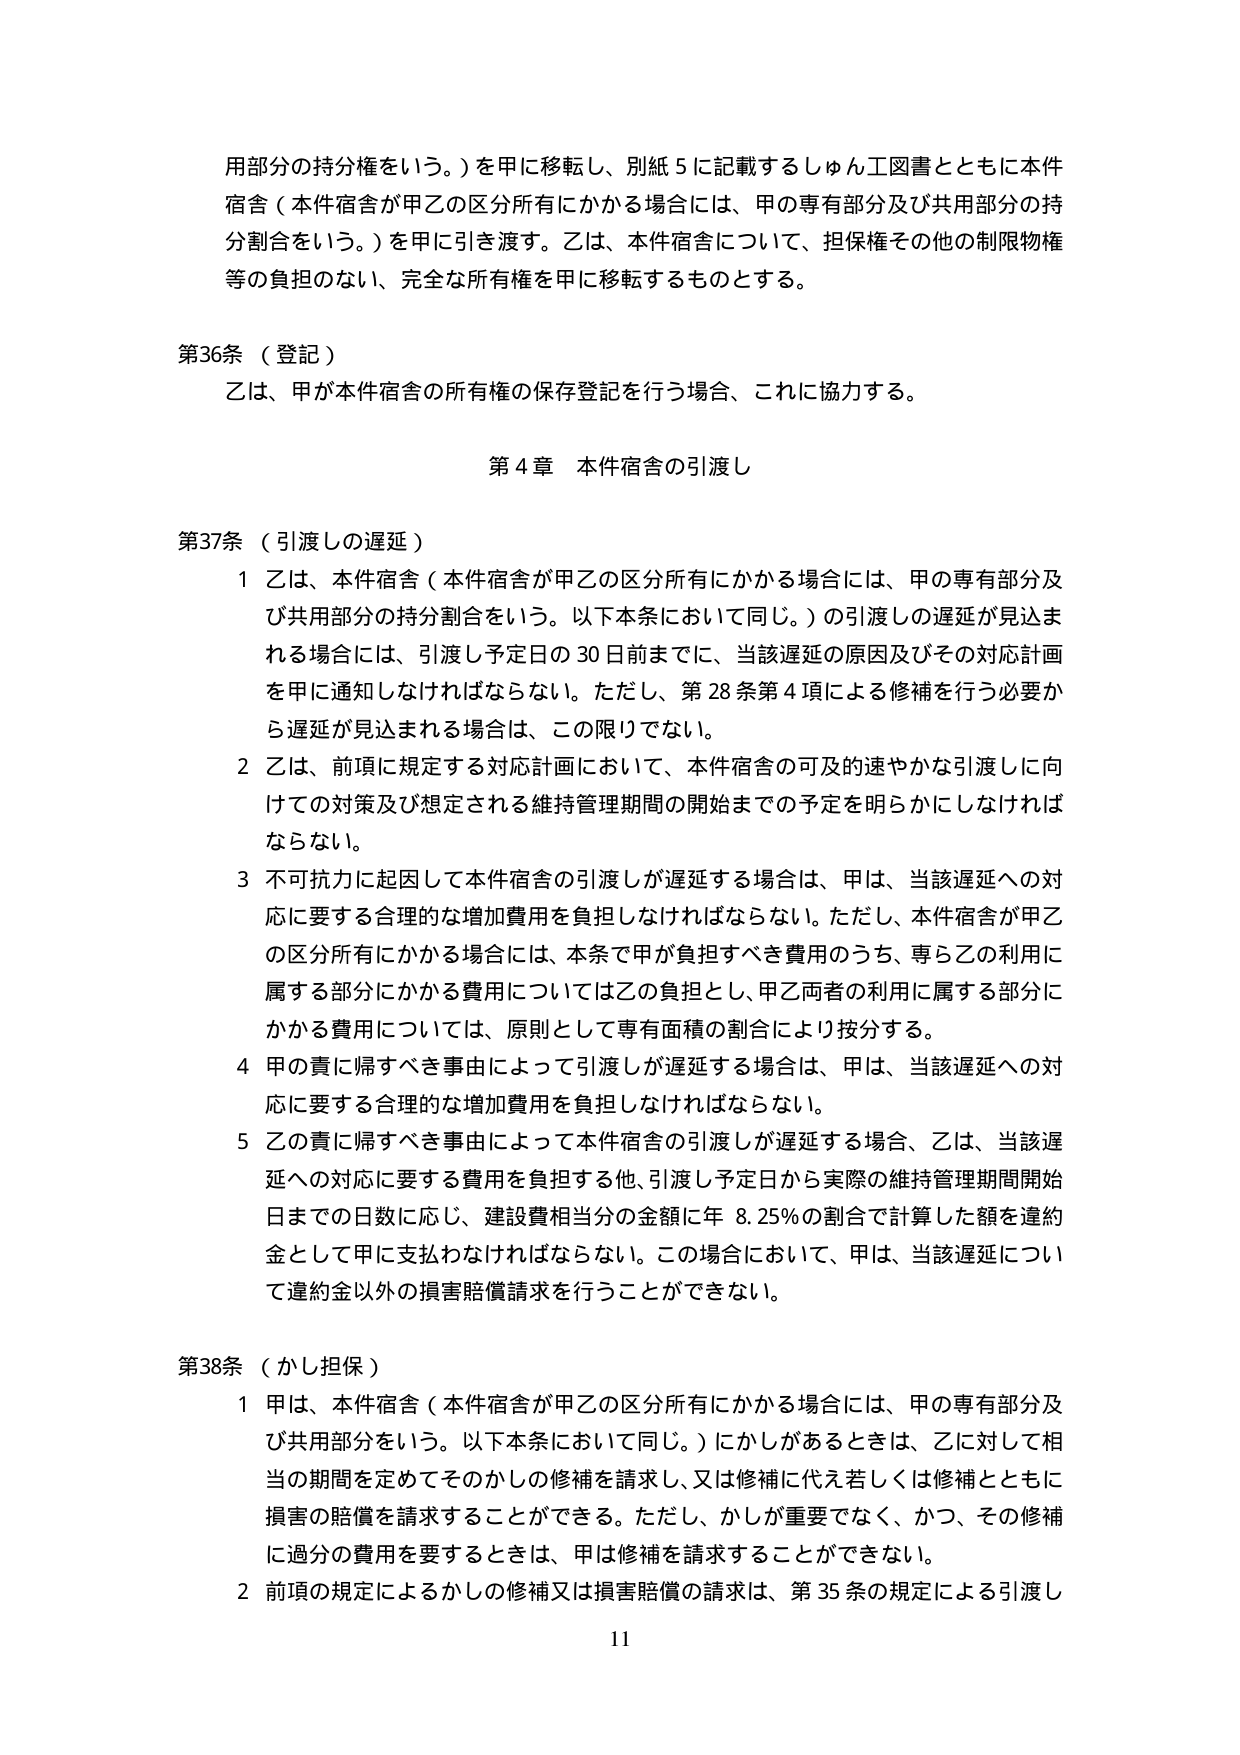
用部分の持分権をいう。）を甲に移転し、別紙５に記載するしゅん工図書とともに本件宿舎（本件宿舎が甲乙の区分所有にかかる場合には、甲の専有部分及び共用部分の持分割合をいう。）を甲に引き渡す。乙は、本件宿舎について、担保権その他の制限物権等の負担のない、完全な所有権を甲に移転するものとする。

第36条（登記）
乙は、甲が本件宿舎の所有権の保存登記を行う場合、これに協力する。

第4章 本件宿舎の引渡し

第37条（引渡しの遅延）
1 乙は、本件宿舎（本件宿舎が甲乙の区分所有にかかる場合には、甲の専有部分及び共用部分の持分割合をいう。以下本条において同じ。）の引渡しの遅延が見込まれる場合には、引渡し予定日の30日前までに、当該遅延の原因及びその対応計画を甲に通知しなければならない。ただし、第28条第4項による修補を行う必要から遅延が見込まれる場合は、この限りでない。
2 乙は、前項に規定する対応計画において、本件宿舎の可及的速やかな引渡しに向けての対策及び想定される維持管理期間の開始までの予定を明らかにしなければならない。
3 不可抗力に起因して本件宿舎の引渡しが遅延する場合は、甲は、当該遅延への対応に要する合理的な増加費用を負担しなければならない。ただし、本件宿舎が甲乙の区分所有にかかる場合には、本条で甲が負担すべき費用のうち、専ら乙の利用に属する部分にかかる費用については乙の負担とし、甲乙両者の利用に属する部分にかかる費用については、原則として専有面積の割合により按分する。
4 甲の責に帰すべき事由によって引渡しが遅延する場合は、甲は、当該遅延への対応に要する合理的な増加費用を負担しなければならない。
5 乙の責に帰すべき事由によって本件宿舎の引渡しが遅延する場合、乙は、当該遅延への対応に要する費用を負担する他、引渡し予定日から実際の維持管理期間開始日までの日数に応じ、建設費相当分の金額に年8.25％の割合で計算した額を違約金として甲に支払わなければならない。この場合において、甲は、当該遅延について違約金以外の損害賠償請求を行うことができない。

第38条（かし担保）
1 甲は、本件宿舎（本件宿舎が甲乙の区分所有にかかる場合には、甲の専有部分及び共用部分をいう。以下本条において同じ。）にかしがあるときは、乙に対して相当の期間を定めてそのかしの修補を請求し、又は修補に代え若しくは修補とともに損害の賠償を請求することができる。ただし、かしが重要でなく、かつ、その修補に過分の費用を要するときは、甲は修補を請求することができない。
2 前項の規定によるかしの修補又は損害賠償の請求は、第35条の規定による引渡し

11